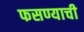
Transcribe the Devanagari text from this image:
फसण्याची